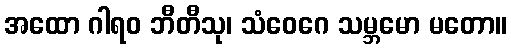
အထော ဂါရဝ ဘီတီသု၊ သံဝေဂေ သမ္ဘမော မတော။